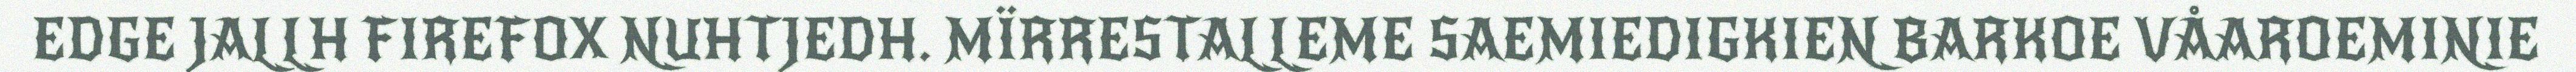
EDGE JALLH FIREFOX NUHTJEDH. MÏRRESTALLEME SAEMIEDIGKIEN BARKOE VÅAROEMINIE